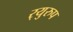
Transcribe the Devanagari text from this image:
र्‍युरुप